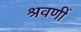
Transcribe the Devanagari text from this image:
श्रवणीं